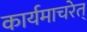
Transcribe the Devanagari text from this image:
कार्यमाचरेत्